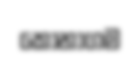
කෝනාගම